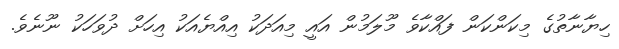
ހިޔާނާތުގެ މިކަންކަން ފައްކާވެ މޫލަމުން އައީ މިއަދަކު އިއްޔެއަކު އިހަށް ދުވަހަކު ނޫނެވެ.